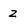
Character: z